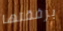
برفقتها